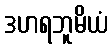
ဒဟရဘူမိယံ